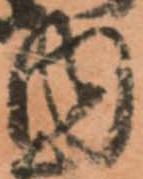
内